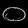
Digit: ၀